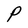
Character: P